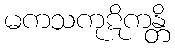
မကသကုဋိကန္တိ